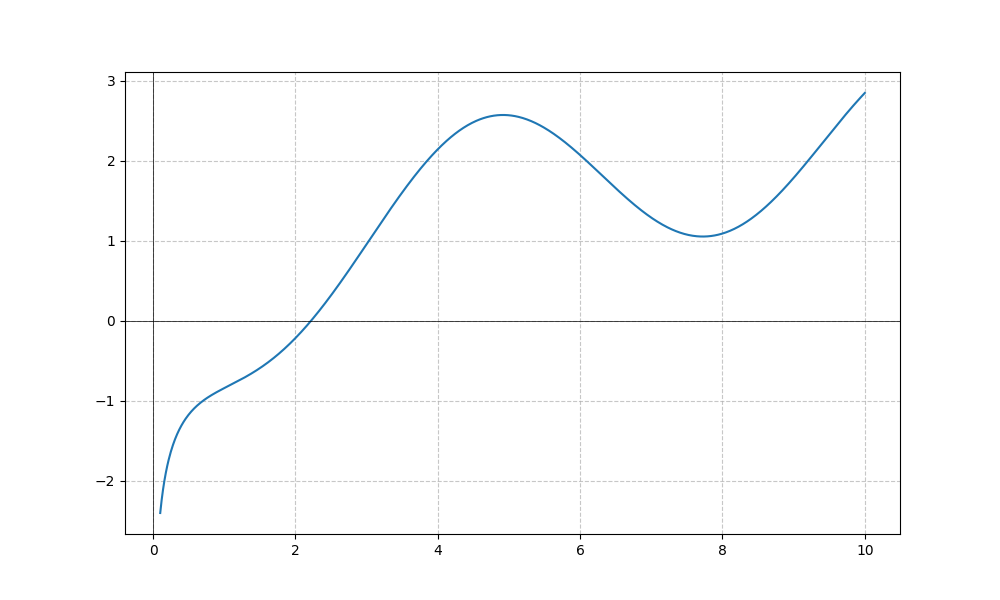
LaTeX formula: \log{\left(x \right)} - \sin{\left(x \right)}